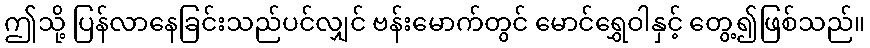
ဤသို့ ပြန်လာနေခြင်းသည်ပင်လျှင် ဗန်းမောက်တွင် မောင်ရွှေဝါနှင့် တွေ့၍ဖြစ်သည်။